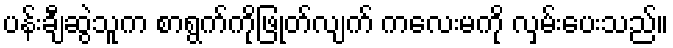
ပန်းချီဆွဲသူက စာရွက်ကိုဖြုတ်လျက် ကလေးမကို လှမ်းပေးသည်။